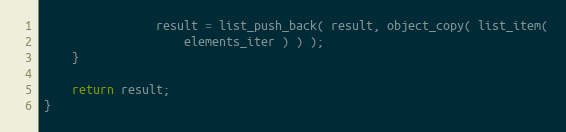
Language: C
                result = list_push_back( result, object_copy( list_item(
                    elements_iter ) ) );
    }

    return result;
}